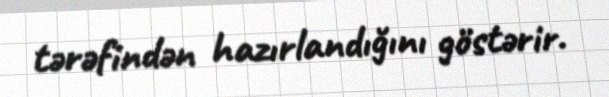
tərəfindən hazırlandığını göstərir.